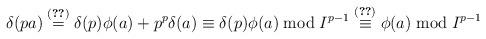
LaTeX: \begin{align*}\delta(pa) &\stackrel{(\ref{prod})}{=} \delta(p)\phi(a) + p^p\delta(a) \stackrel{}{\equiv} \delta(p)\phi(a) \bmod I^{p-1} \stackrel{(\ref{1})}{\equiv} \phi(a) \bmod I^{p-1} \end{align*}